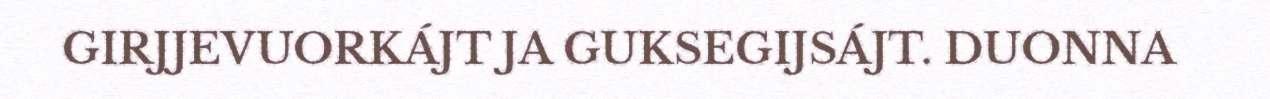
GIRJJEVUORKÁJT JA GUKSEGIJSÁJT. DUONNA